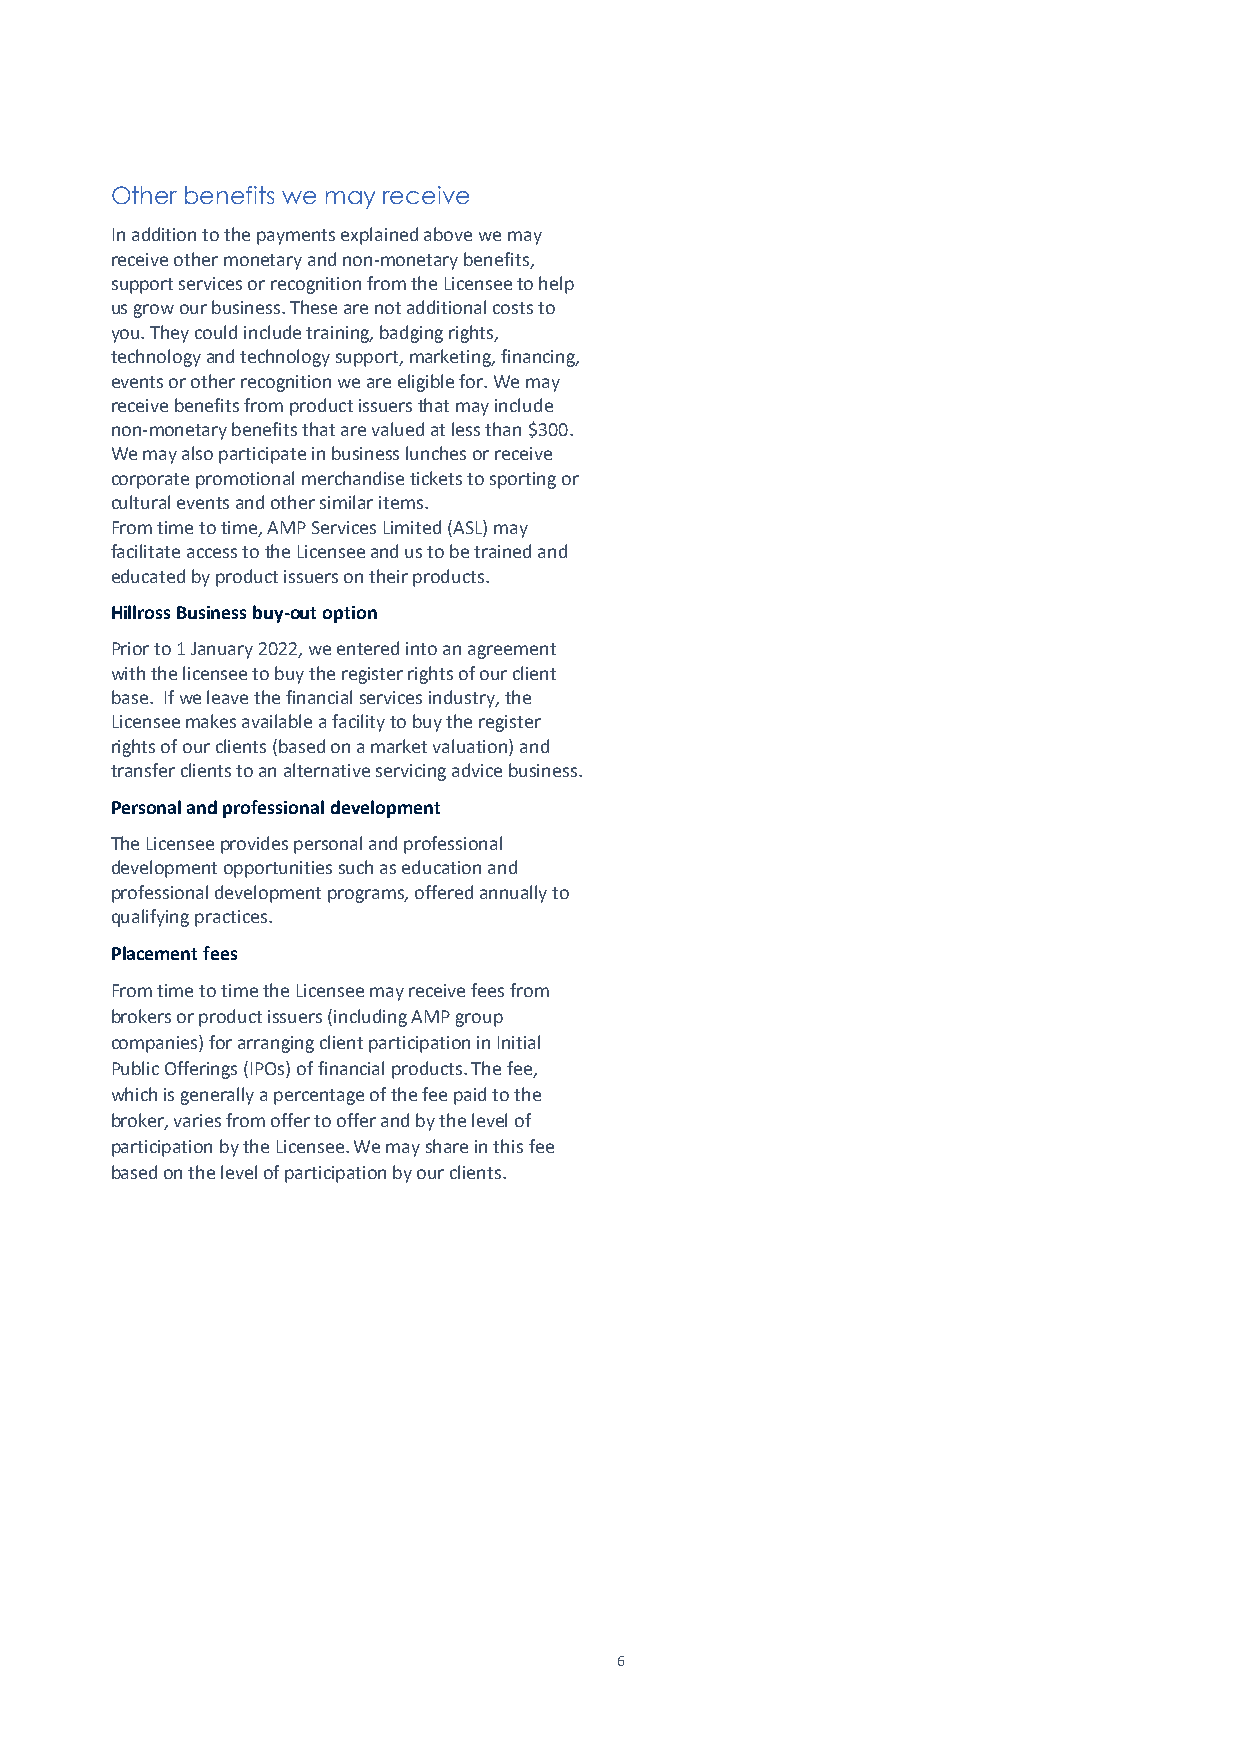
Other benefits we may receive
 In addition to the payments explained above we may
 receive other monetary and non-monetary benefits,
 support services or recognition from the Licensee to help
 us grow our business. These are not additional costs to
 you. They could include training, badging rights,
 technology and technology support, marketing, financing,
 events or other recognition we are eligible for. We may
 receive benefits from product issuers that may include
 non-monetary benefits that are valued at less than $300.
 We may also participate in business lunches or receive
 corporate promotional merchandise tickets to sporting or
 cultural events and other similar items.
 From time to time, AMP Services Limited (ASL) may
 facilitate access to the Licensee and us to be trained and
 educated by product issuers on their products.
 Hillross Business buy-out option
 Prior to 1 January 2022, we entered into an agreement
 with the licensee to buy the register rights of our client
 base. If we leave the financial services industry, the
 Licensee makes available a facility to buy the register
 rights of our clients (based on a market valuation) and
 transfer clients to an alternative servicing advice business.
 Personal and professional development
 The Licensee provides personal and professional
 development opportunities such as education and
 professional development programs, offered annually to
 qualifying practices.
 Placement fees
 From time to time the Licensee may receive fees from
 brokers or product issuers (including AMP group
 companies) for arranging client participation in Initial
 Public Offerings (IPOs) of financial products. The fee,
 which is generally a percentage of the fee paid to the
 broker, varies from offer to offer and by the level of
 participation by the Licensee. We may share in this fee
 based on the level of participation by our clients.
 6